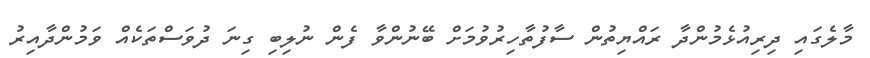
މާލެގައި ދިރިއުޅެމުންދާ ރައްޔިތުން ސާފުތާހިރުވުމަށް ބޭނުންވާ ފެން ނުލިބި ގިނަ ދުވަސްތަކެއް ވަމުންދާއިރު